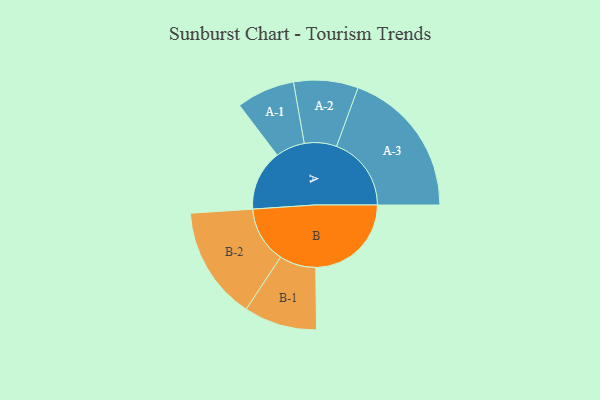
{"axis": {"x": "Segment", "y": "Value"}, "legend": ["", "A", "B"], "data": [{"x": "A", "y": 239, "type": ""}, {"x": "B", "y": 377, "type": ""}, {"x": "A-1", "y": 115, "type": "A"}, {"x": "A-2", "y": 127, "type": "A"}, {"x": "A-3", "y": 295, "type": "A"}, {"x": "B-1", "y": 144, "type": "B"}, {"x": "B-2", "y": 223, "type": "B"}]}